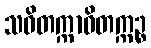
သဝိတက္ကာဝိတက္ကဉ္စ